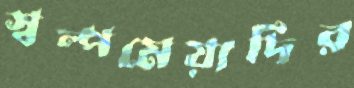
স্বল্পমেয়াদির